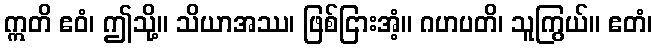
ဣတိ ဧဝံ၊ ဤသို့။ သိယာအဿ၊ ဖြစ်ငြားအံ့။ ဂဟပတိ၊ သူကြွယ်။ ဧတံ၊